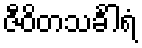
ဇီဝိတသင်္ခါရံ